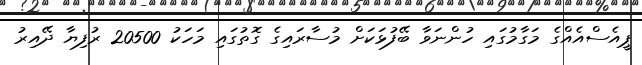
ޕީއެސްއެއްގެ މަގާމުގައި ހުންނަވާ ބޭފުޅަކަށް މުސާރައިގެ ގޮތުގައި މަހަކު 20500 ރުފިޔާ ދޭއިރު